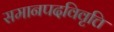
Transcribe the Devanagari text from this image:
समानपदविवृत्ति